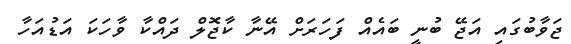
ޖަވާބުގައި އަޖޭ ބުނީ ބައެއް ފަހަރަށް އޭނާ ކާޖޮލް ދައްކާ ވާހަކަ އަޑުއަހާ